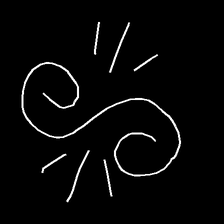
Glyph: wind-directs-air